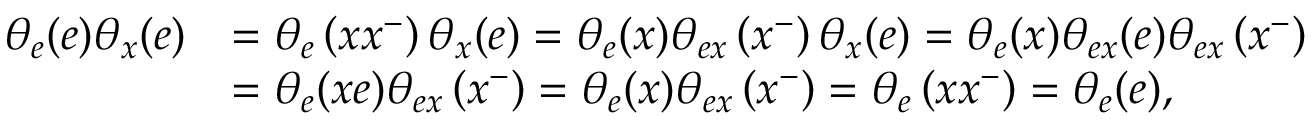
\begin{array} { r l } { \theta _ { e } ( e ) \theta _ { x } ( e ) } & { = \theta _ { e } \left( x x ^ { - } \right) \theta _ { x } ( e ) = \theta _ { e } ( x ) \theta _ { e x } \left( x ^ { - } \right) \theta _ { x } ( e ) = \theta _ { e } ( x ) \theta _ { e x } ( e ) \theta _ { e x } \left( x ^ { - } \right) } \\ & { = \theta _ { e } ( x e ) \theta _ { e x } \left( x ^ { - } \right) = \theta _ { e } ( x ) \theta _ { e x } \left( x ^ { - } \right) = \theta _ { e } \left( x x ^ { - } \right) = \theta _ { e } ( e ) , } \end{array}